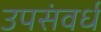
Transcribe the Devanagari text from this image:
उपसंवर्ध